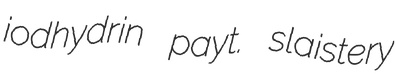
iodhydrin payt. slaistery